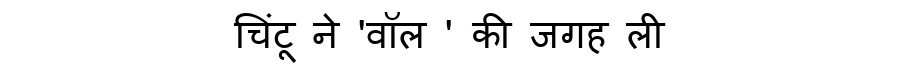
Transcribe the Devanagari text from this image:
चिंटू ने 'वॉल ' की जगह ली